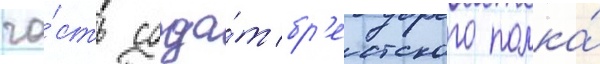
ча́сть солда́т бр'естского полка́